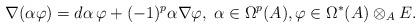
LaTeX: \begin{align*}\nabla(\alpha\varphi)=d\alpha\,\varphi+(-1)^p\alpha\nabla\varphi,\;\alpha\in \Omega^p(A),\varphi\in\Omega^*(A)\otimes_A E.\end{align*}